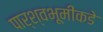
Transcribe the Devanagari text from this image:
पार्श्वभूमीकडे